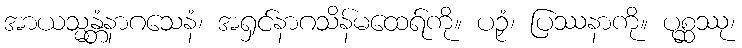
အာယသ္မန္တံနာဂသေနံ၊ အရှင်နာဂသိန်မထေရ်ကို။ ပဉှံ၊ ပြဿနာကို။ ပုစ္ဆဿု၊